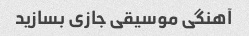
آهنگی موسیقی جازی بسازید